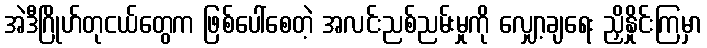
အဲဒီဂြိုဟ်တုငယ်တွေက ဖြစ်ပေါ်စေတဲ့ အလင်းညစ်ညမ်းမှုကို လျှော့ချရေး ညှိနှိုင်းကြမှာ